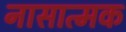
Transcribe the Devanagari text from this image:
नासात्मक